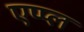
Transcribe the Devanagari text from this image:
एप्‍प्‍ल